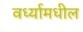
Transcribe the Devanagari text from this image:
वर्ध्यामधील